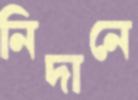
নিদানে